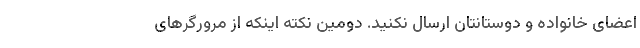
اعضای خانواده و دوستانتان ارسال نکنید. دومین نکته اینکه از مرورگرهای